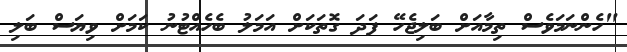
"ހެންނަމަވެސް ތިމާއަށް ބަލިޖެހޭ ފަދަ ގޮތަކަށް އަމަލު ބެހެއްޓުނު ކަމަށް ވިޔަސް ބަލި